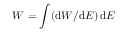
W = \int ( \mathrm { d } W / \mathrm { d } E ) \, \mathrm { d } E